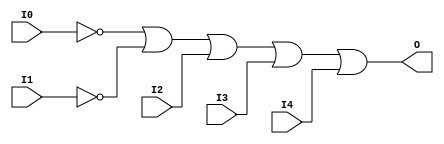

/*

FUNCTION	: 5-INPUT OR GATE

*/

`timescale  100 ps / 10 ps

`celldefine

module OR5B2 (O, I0, I1, I2, I3, I4);


    output O;

    input  I0, I1, I2, I3, I4;

    not N1 (i1_inv, I1);
    not N0 (i0_inv, I0);
    or O1 (O, i0_inv, i1_inv, I2, I3, I4);

    specify
	(I0 *> O) = (0, 0);
	(I1 *> O) = (0, 0);
	(I2 *> O) = (0, 0);
	(I3 *> O) = (0, 0);
	(I4 *> O) = (0, 0);
    endspecify

endmodule

`endcelldefine